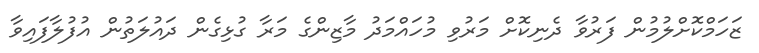
ޒަހަމްކޮށްލުމުން ފަރުވާ ދެނިކޮށް މަރުވި މުހައްމަދު މާޒިންގެ މަރާ ގުޅިގެން ދައުލަތުން އުފުލާފައިވާ